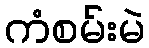
ကံစမ်းမဲ